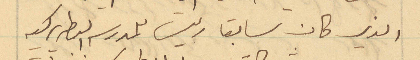
الذي كان سابقا ريس للمدرسه البطريركيه